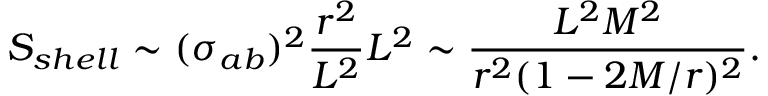
S _ { s h e l l } \sim ( \sigma _ { a b } ) ^ { 2 } \frac { r ^ { 2 } } { L ^ { 2 } } L ^ { 2 } \sim \frac { L ^ { 2 } M ^ { 2 } } { r ^ { 2 } ( 1 - 2 M / r ) ^ { 2 } } .